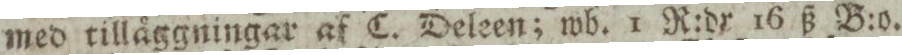
med tilläggningar af C. Deleen; wb. 1 R:dr 16 ß B:o.